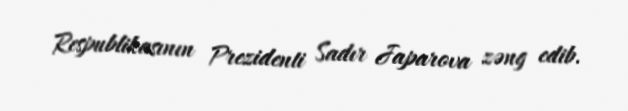
Respublikasının Prezidenti Sadır Japarova zəng edib.